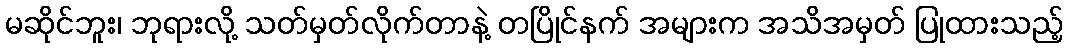
မဆိုင်ဘူး၊ ဘုရားလို့ သတ်မှတ်လိုက်တာနဲ့ တပြိုင်နက် အများက အသိအမှတ် ပြုထားသည့်